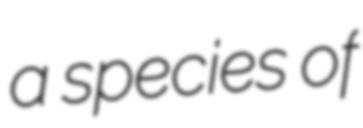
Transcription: a species of